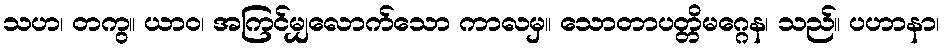
သဟ၊ တကွ။ ယာဝ၊ အကြင်မျှလောက်သော ကာလမှ။ သောတာပတ္တိမဂ္ဂေန၊ သည်။ ပဟာနာ၊